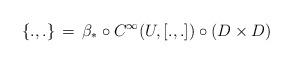
LaTeX: \begin{align*}\{.,.\}\, =\, \beta_*\circ C^\infty(U,[.,.])\circ (D\times D)\end{align*}